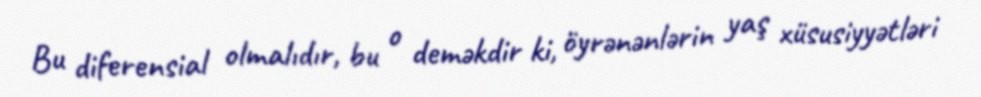
Bu diferensial olmalıdır, bu o deməkdir ki, öyrənənlərin yaş xüsusiyyətləri